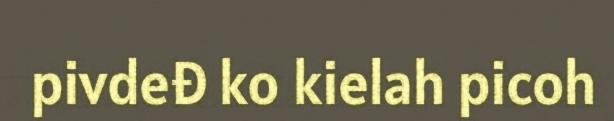
pivdeđ ko kielah picoh